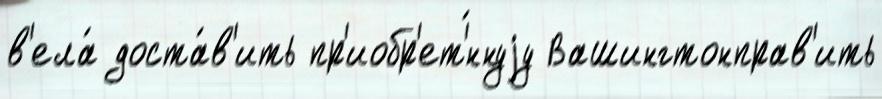
в'ела́ доста́в'ить пр'иобр'ет'́ннуjу Вашингтонправ'ить